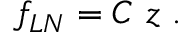
f _ { L N } = C ~ z \ .